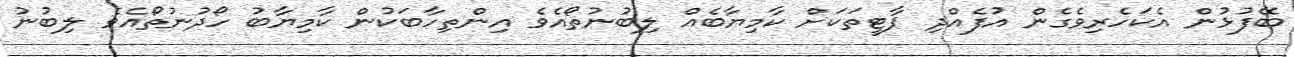
ބޭފުޅުން އެކަހެރިވެގެން އުފެއްދި ޕާޓީތަކަށް ކާމިޔާބެއް ލިބުނުތޯއެވެ އިންތިހާބަކުން ކާމިޔާބު ހޯދުނުތޯއެވެ ލިބުނު